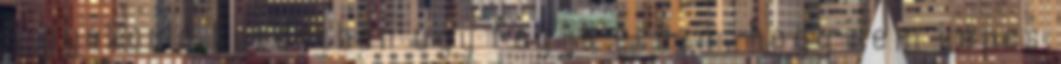
A gyakorló kezdetben úgy fogja érezni, hogy nem képes